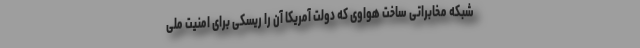
شبکه مخابراتی ساخت هواوی که دولت آمریکا آن را ریسکی برای امنیت ملی